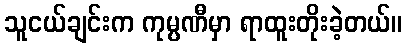
သူငယ်ချင်းက ကုမ္ပဏီမှာ ရာထူးတိုးခဲ့တယ်။